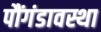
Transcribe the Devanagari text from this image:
पौंगंडावस्था